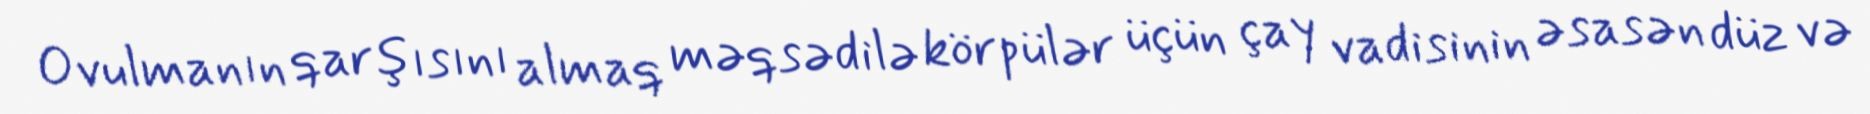
Ovulmanın qarşısını almaq məqsədilə körpülər üçün çay vadisinin əsasən düz və